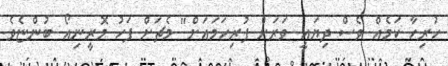
ހުރިހާ ކަމެއް ވެސް ދިޔައީ ވަރަށް ފުރިހަމައަށް" މެޗަށް ފަހު މޮރީނިއޯ ބުންޏެވެ.